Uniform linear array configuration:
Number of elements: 12
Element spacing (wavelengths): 0.75
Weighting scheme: uniform
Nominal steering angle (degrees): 15
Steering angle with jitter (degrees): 15.819
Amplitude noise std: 0.05
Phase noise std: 0.05

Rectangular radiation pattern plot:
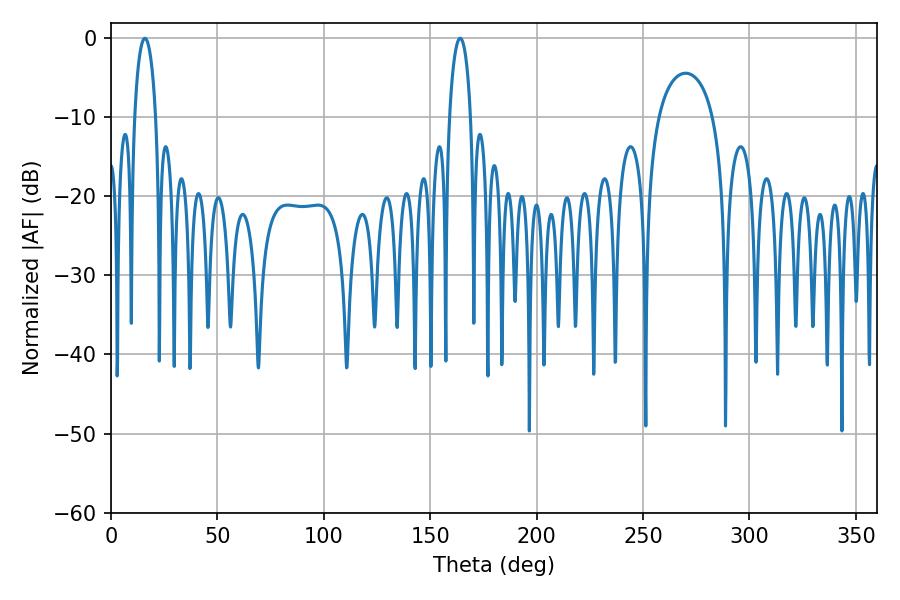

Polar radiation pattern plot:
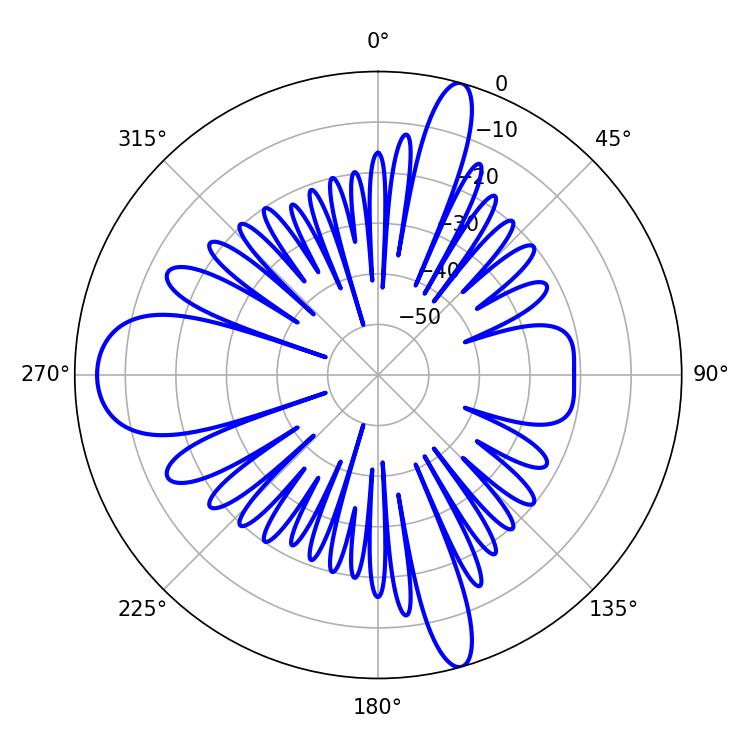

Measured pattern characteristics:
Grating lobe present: TRUE
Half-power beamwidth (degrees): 5.58
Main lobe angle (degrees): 16.02